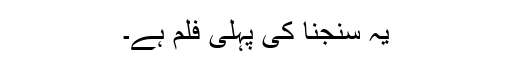
یہ سنجنا کی پہلی فلم ہے۔